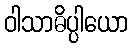
ဝါသာဓိပ္ပါယော